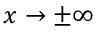
x \to \pm \infty